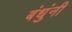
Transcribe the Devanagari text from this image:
बंधुंनी